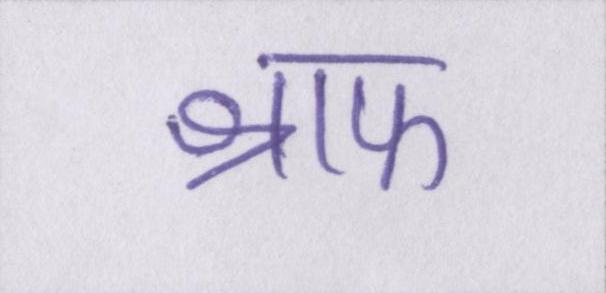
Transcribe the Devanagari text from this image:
श्राफ